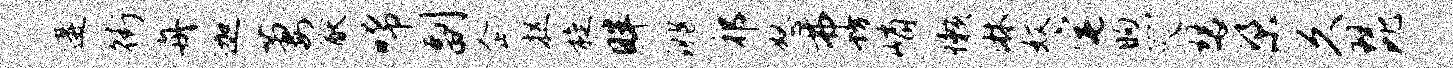
遘街舟迦萋猷唏副企捉旋畔洮祁怒弗坊峭懒淋奴宅煦爪瑟梁久琵